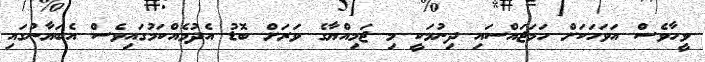
ވީހާވެސް އަވަހަކަށް ހަމަޖައްސައި ދިނުމަކީ މި ޖަމިއްޔާގެ ވަރަށް ބޮޑު އެދުމެއްކަމުގައިވެސް އެބަޔާނުގައި